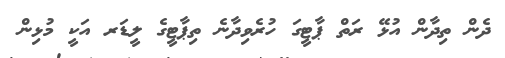
ދެން ތިދާން އުޅޭ ރަތް ޕާޓީގަ ހުރެވިދާނެ ތިޕާޓީގެ ލީޑަރ އަކީ މުޅިން